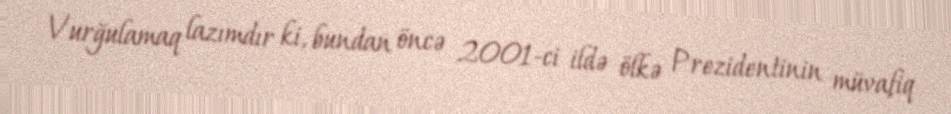
Vurğulamaq lazımdır ki, bundan öncə 2001-ci ildə ölkə Prezidentinin müvafiq